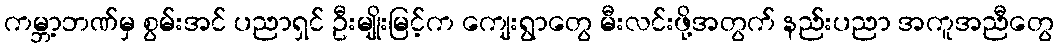
ကမ္ဘာ့ဘဏ်မှ စွမ်းအင် ပညာရှင် ဦးမျိုးမြင့်က ကျေးရွာတွေ မီးလင်းဖို့အတွက် နည်းပညာ အကူအညီတွေ